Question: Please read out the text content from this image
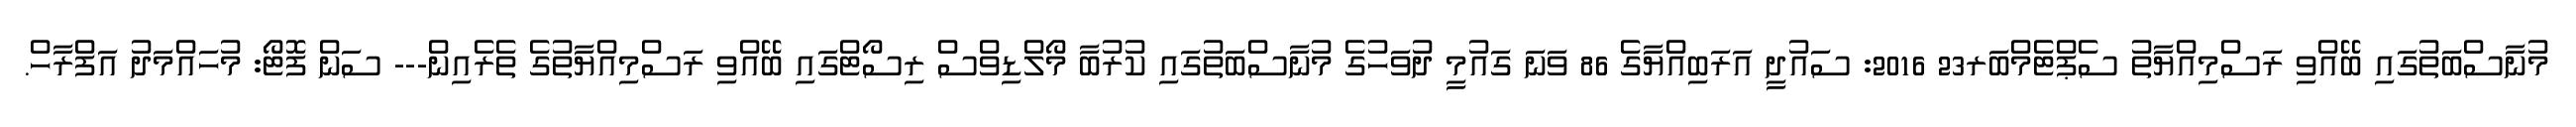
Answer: މުނާސްބަތުގައި ބޭއްވި ރަސްމިއްޔާތު ސެޕްޓެމްބަރ23 2016: ސައުދީ އަރަބިއްޔާގެ 86 ވަނަ ގައުމީ ދުވަހުގެ މުނާސްބަތުގައި ކުރުބާ މޯލްޑިވްސް ރިސޯޓްގައި ބޭއްވި ރަސްމިއްޔާތުގެ ތެރެއިން--- ސަން ފޮޓޯ: މުހައްމަދު އަފްރާހް.